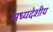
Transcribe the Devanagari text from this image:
मध्‍यदेशीय